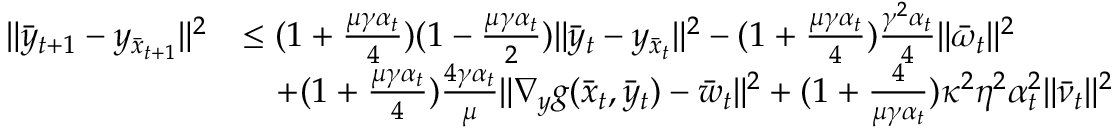
\begin{array} { r l } { \| \bar { y } _ { t + 1 } - y _ { \bar { x } _ { t + 1 } } \| ^ { 2 } } & { \leq ( 1 + \frac { \mu \gamma \alpha _ { t } } { 4 } ) ( 1 - \frac { \mu \gamma \alpha _ { t } } { 2 } ) \| \bar { y } _ { t } - y _ { \bar { x } _ { t } } \| ^ { 2 } - ( 1 + \frac { \mu \gamma \alpha _ { t } } { 4 } ) \frac { \gamma ^ { 2 } \alpha _ { t } } { 4 } \| \bar { \omega } _ { t } \| ^ { 2 } } \\ & { \quad + ( 1 + \frac { \mu \gamma \alpha _ { t } } { 4 } ) \frac { 4 \gamma \alpha _ { t } } { \mu } \| \nabla _ { y } g ( \bar { x } _ { t } , \bar { y } _ { t } ) - \bar { w } _ { t } \| ^ { 2 } + ( 1 + \frac { 4 } { \mu \gamma \alpha _ { t } } ) \kappa ^ { 2 } \eta ^ { 2 } \alpha _ { t } ^ { 2 } \| \bar { \nu } _ { t } \| ^ { 2 } } \end{array}